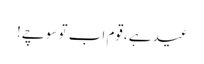
عید ہے ،قوم اب تو سوچے!